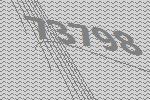
73798